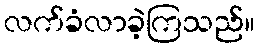
လက်ခံလာခဲ့ကြသည်။